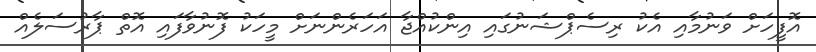
އޮފީހަށް ވަނުމާއި އެކު ރިސެޕްޝަނުގައި އިންކުއްޖާ އަހަރެންނަށް މީހަކު ފޮނުވާފައި އޮތް ޕާރުސަލެއް